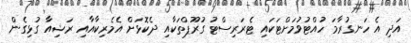
އަދި އެ ހަނގުރާމަ ހުއްޓުވުމަށްޓަކައި ޓެރަރިސްޓު ގުރޫޕްތަކާއި ދެކޮޅަށް އެމެރިކާއާއި ރަޝިއާ ގުޅިގެން